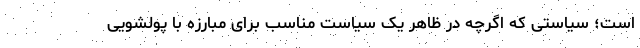
است؛ سیاستی که اگرچه در ظاهر یک سیاست مناسب برای مبارزه با پولشویی